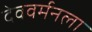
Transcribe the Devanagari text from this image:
देववर्मनला